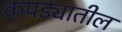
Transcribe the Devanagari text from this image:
कपड्यातील